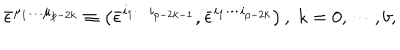
LaTeX: \bar { \epsilon } ^ { \mu _ { 1 } \ldots \mu _ { p - 2 k } } \equiv \left( \bar { \epsilon } ^ { i _ { 1 } \cdots i _ { p - 2 k - 1 } } , \bar { \epsilon } ^ { i _ { 1 } \cdots i _ { p - 2 k } } \right) , \; k = 0 , \cdots , b ,